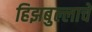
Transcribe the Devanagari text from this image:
हिझबुल्लाचे